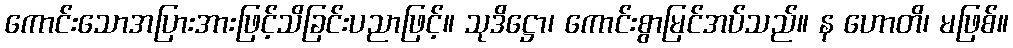
ကောင်းသောအပြားအားဖြင့်သိခြင်းပညာဖြင့်။ သုဒိဋ္ဌော၊ ကောင်းစွာမြင်အပ်သည်။ န ဟောတိ၊ မဖြစ်။